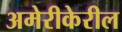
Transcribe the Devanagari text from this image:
अमेरीकेरील